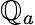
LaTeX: \mathbb{Q}_{a}